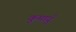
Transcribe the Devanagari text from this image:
कुमायुँ